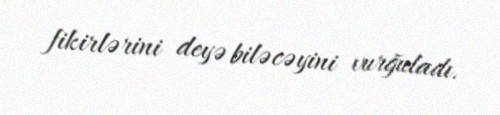
fikirlərini deyə biləcəyini vurğuladı.